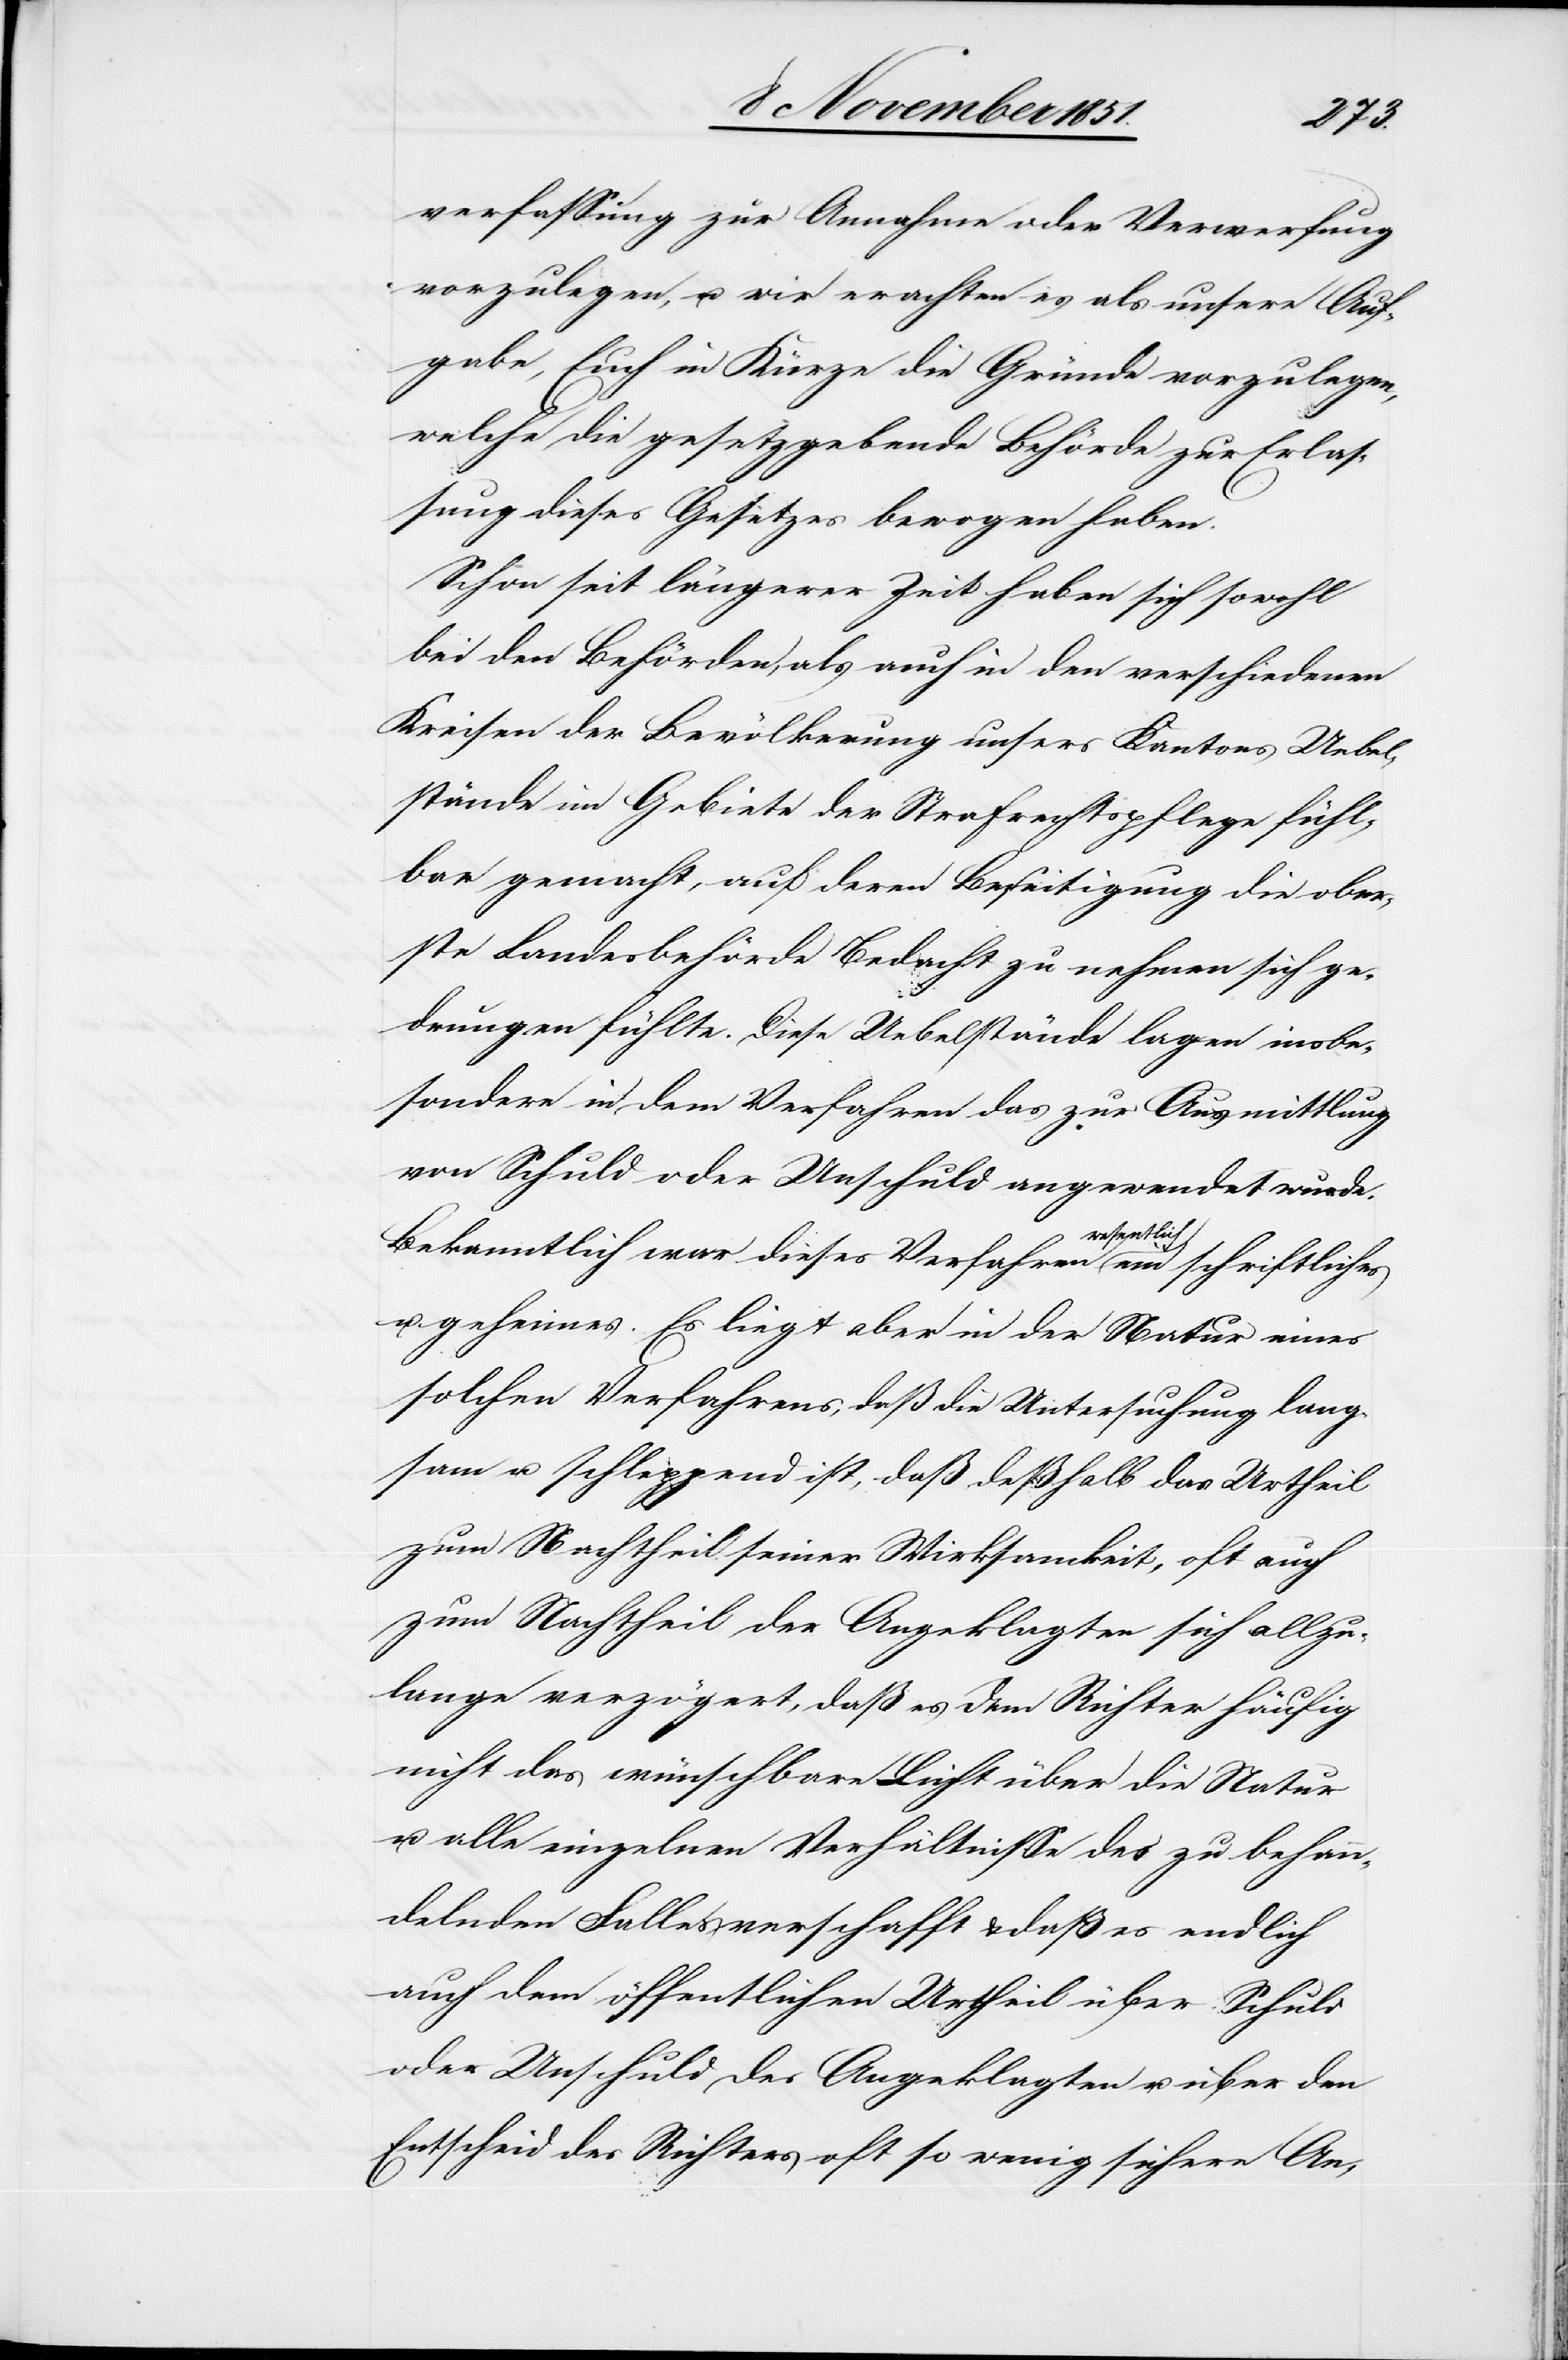
ndeln¬
verfassung zur Annahme oder Verwerfung
vorzulegen, u. wir erachten es als unsere Auf¬
gabe, Euch in Kürze die Gründe vorzulegen,
welche die gesetzgebende Behörde zur Erlas¬
sung dieses Gesetzes bewogen haben.
Schon seit längerer Zeit haben sich sowohl
bei den Behörden, als auch in den verschiedenen
Kreisen der Bevölkerung unsers Kantons Uebel¬
stände im Gebiete der Strafrechtspflege fühl¬
bar gemacht, auf deren Beseitigung die ober¬
ste Landesbehörde Bedacht zu nehmen sich ge¬
drungen fühlte. Diese Uebelstände lagen insbe¬
sondere in dem Verfahren das zur Ausmittlung
von Schuld oder Unschuld angewendet wurde.
Bekanntlich war dieses Verfahren wesentlich ein
u. geheimes. Es liegt aber in der Natur eines
solchen Verfahrens, daß die Untersuchung lang¬
sam u. schleppend ist, daß deßhalb das Urtheil
zum Nachtheil seiner Wirksamkeit, oft auch
zum Nachtheil der Angeklagten sich allzu¬
lange verzögert, daß es dem Richter häufig
nicht das wünschbare Licht über die Natur
u. alle einzelnen Verhältnisse des zu behan¬
den [sic!] Falles verschafft & daß es endlich
auch dem öffentlichen Urtheil über Schuld
oder Unschuld des Angeklagten u. über den
Entscheid des Richters oft so wenig sichere An-